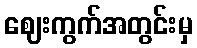
ဈေးကွက်အတွင်းမှ